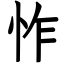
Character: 怍